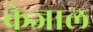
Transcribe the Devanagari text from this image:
केजाल